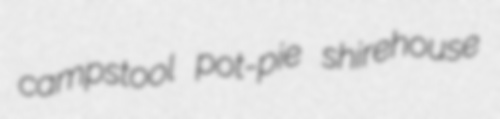
campstool pot-pie shirehouse